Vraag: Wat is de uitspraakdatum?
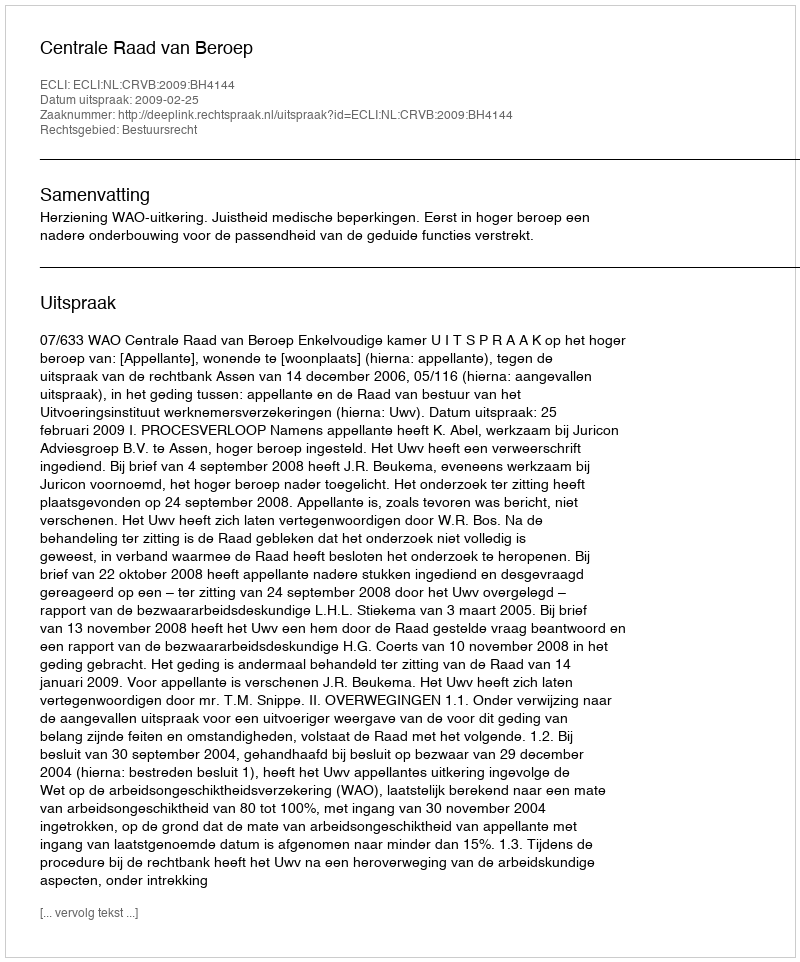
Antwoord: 2009-02-25